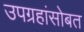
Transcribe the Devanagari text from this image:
उपग्रहांसोबत